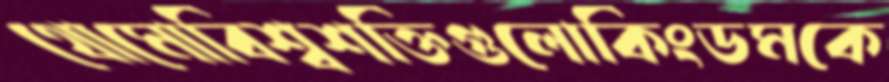
থোমোবিশ্বশক্তিগুলোকিংডমকে